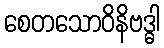
စေတသောဝိနိဗဒ္ဓါ